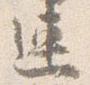
連